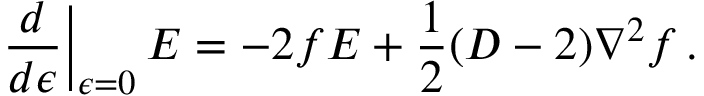
\left. \frac { d } { d \epsilon } \right| _ { \epsilon = 0 } E = - 2 f E + \frac 1 2 ( D - 2 ) \nabla ^ { 2 } f \, .